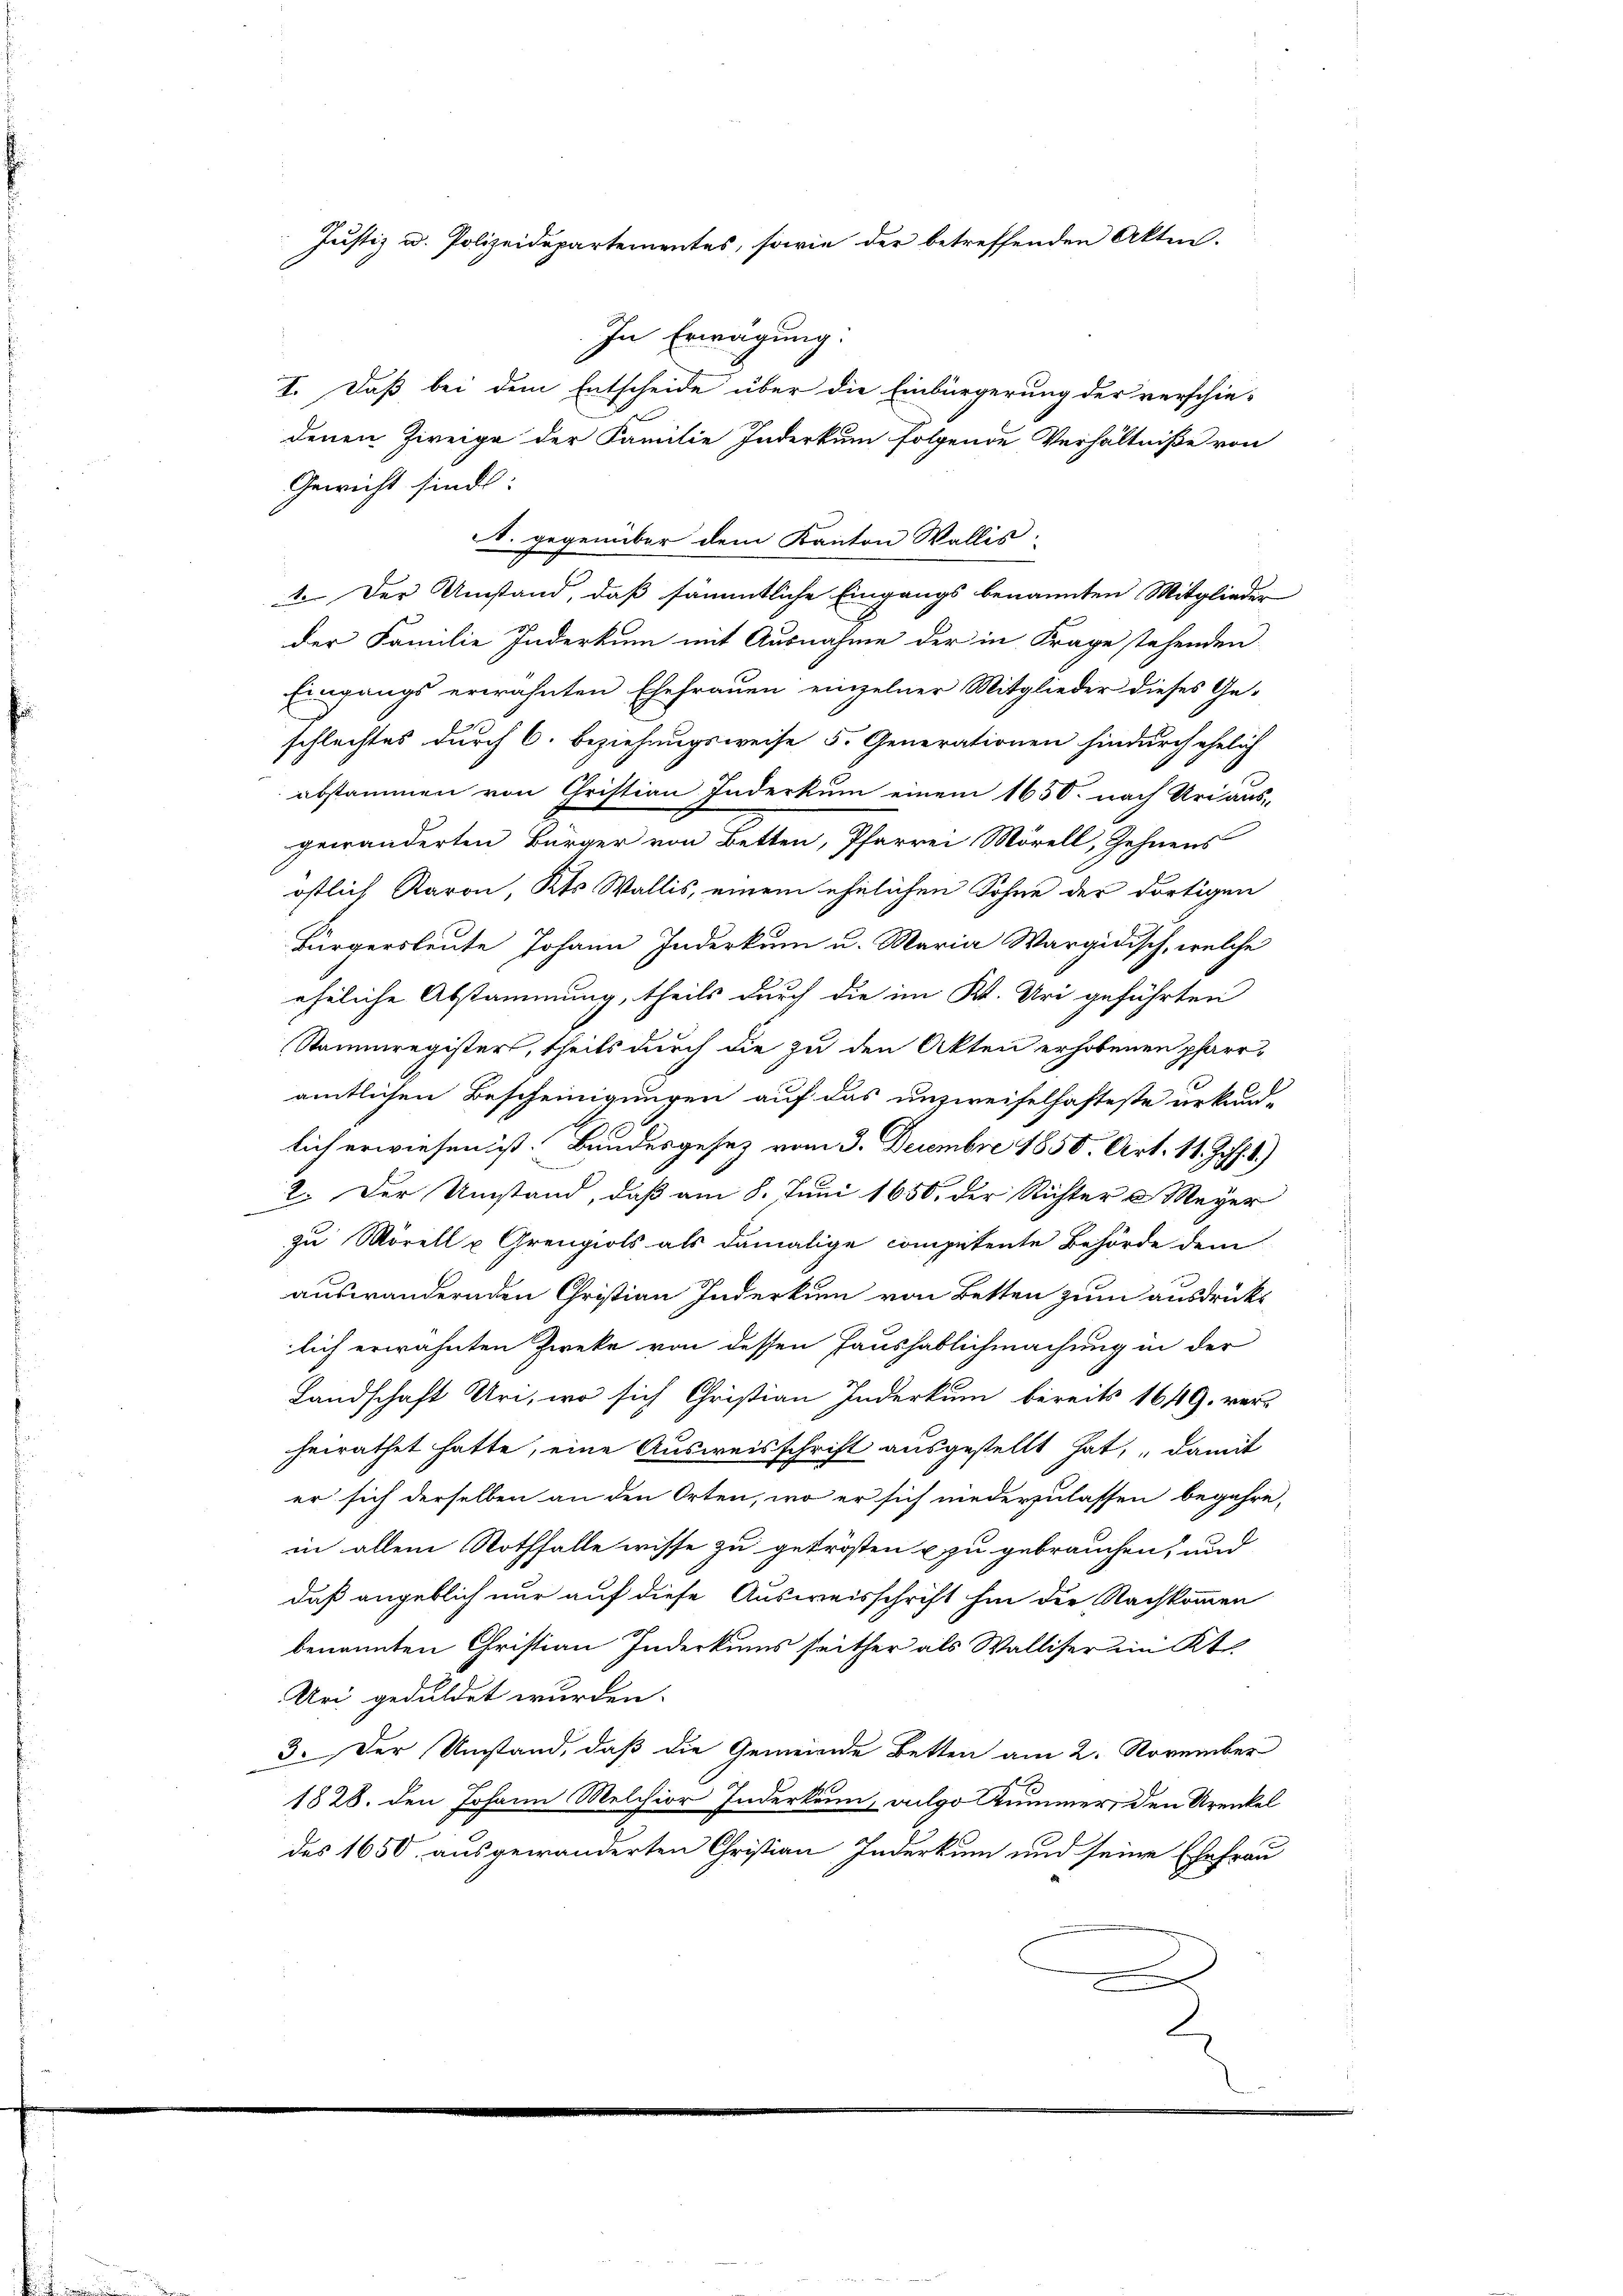
In Erwägung:
I. Daß bei dem Entscheide über die Einbürgerung der verschie-
denen Zweige der Familie Inderkum folgende Verhältniße von
Gewicht sind:
1. gegenüber dem Kanton Wallis
1. Der Umstand, daß sämmtliche Eingangs benannten Mitglieder
der Familie Inderkum mit Ausnahme der in Frage stehenden
Eingangs erwähnten Ehefrauen einzelner Mitglieder dieses Ge-
schlechtes durch 6. Beziehungsweise 5. Generationen hindurch ehelich
abstammen von Christian Inderkum einem 1650. nach Uri aus-
gewänderten Bürger von Betten, Pfarrei Morell, Zehnens
östlich Raron, Kts Wallis, einem ehelichen Sohne der dortigen
Bürgersleute Johann Inderkum u. Maria Wargidisch, welche
eheliche Abstammung, theils durch die im Kt. Uri geführten
Stammregister, theils durch die zu den Akten erhobenen pfarramtlichen Bescheinigungen auf das unzweifelhafteste urkund-
lich erwiesen ist. Bundesgesez vom 3. Decembre 1850. Art. 11. Joh. 1.)
2. Der Umstand, daß am 8. Juni 1850, der Richter & Meyer
zu Morell u Grenzials als damalige competente Behörde dem
auswandernden Christian Inderkum von Betten zum ausdrücks
lich erwähnten Zweke von dessen Haushäblichmachung in der
Landschaft Uri, wo sich Christian Inderkum bereits 1649. vors
heirathet hatte, eine Ausweisschrift ausgestellt hat, damit
er sich derselben an den Orten, wo er sich niederzulassen begehre,
in allem Nothfalle wisse zu getrösten u zu gebrauchen, und
daß angeblich nur auf diese Ausweisschrift hin der Nachkommen
benannten Christian Inderkums seither als Walliser im Kt.
Uri geduldet wurden.
3. Der Umstand, daß die Gemeinde Betten am 2. November
1828. den Johann Melchior Inderkann, ailgo Kummer, den Urenkel
des 1650. ausgewanderten Christian Indurkum und seine Ehefrau

Justiz u. Polizeidepartementes, sowie der betreffenden Akten.